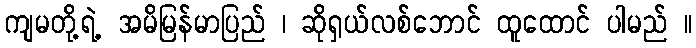
ကျမတို့ရဲ့ အမိမြန်မာပြည် ၊ ဆိုရှယ်လစ်ဘောင် ထူထောင် ပါမည် ။